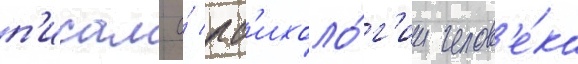
п'исал о́ пс'ихоло́г'ии челов'е́ка